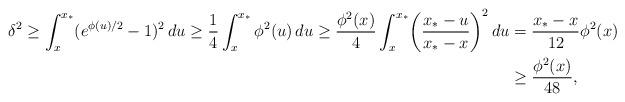
LaTeX: \begin{align*}\delta^2 \geq \int_x^{x_*} (e^{\phi(u)/2} - 1)^2 \, du \geq \frac{1}{4} \int_x^{x_*} \phi^2(u) \, du \geq \frac{\phi^2(x)}{4}\int_x^{x_*} \biggl(\frac{x_* - u}{x_*- x}\biggr)^2 \, du &= \frac{x_*-x}{12}\phi^2(x) \\&\geq \frac{\phi^2(x)}{48},\end{align*}